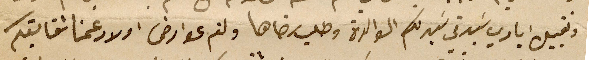
وتقبيل ايادي سَيدتي سَيدتكم الوالدة وطلب رضاها ولثم عوارض اولاد عمنا شقايقكم